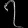
Digit: ၇